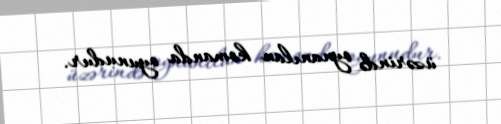
üzərində oynanılan komanda oyunudur.